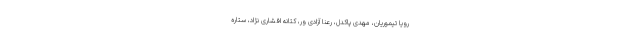
رویا تیموریان، مهدی پاکدل، رعنا آزادی ور، کتانه افشاری نژاد، ستاره